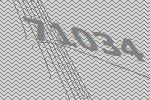
71034